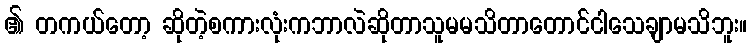
၏ တကယ်တော့ ဆိုတဲ့စကားလုံးကဘာလဲဆိုတာသူမမသိတာတောင်ငါသေချာမသိဘူး။